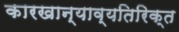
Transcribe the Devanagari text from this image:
कारखान्याव्यतिरिक्त